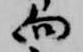
向